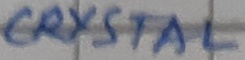
Text: CRYSTAL